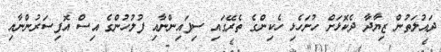
ދައުލަތުން ޒިޔާދާ ދެކޮޅަށް ހުށަހެޅި ހެކިންގެ ތެރޭގައި ސިފައިންނާއި ފުލުހުންގެ އިސް އޮފިސަރުންނާއި